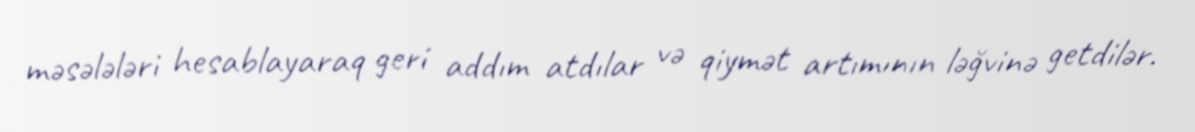
məsələləri hesablayaraq geri addım atdılar və qiymət artımının ləğvinə getdilər.